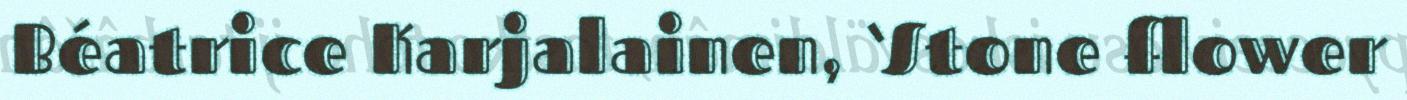
Béatrice Karjalainen, ‘Stone flower